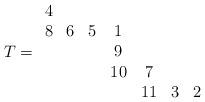
LaTeX: \begin{align*}T=\begin{array}{ccccccc}4& & & & & & \\8&6&5&1& & & \\ & & &9& & & \\ & & &10&7& & \\ & & & &11&3&2\end{array}\end{align*}